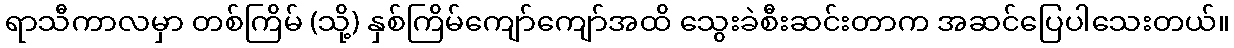
ရာသီကာလမှာ တစ်ကြိမ် (သို့) နှစ်ကြိမ်ကျော်ကျော်အထိ သွေးခဲစီးဆင်းတာက အဆင်ပြေပါသေးတယ်။